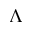
\Lambda